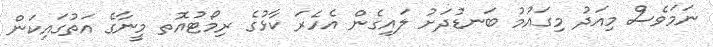
ނަމަވެސް މިއަދު މިގައުމު ބަނޑުދަށު ލައިގެން އެހެރަ ކާޅުގެ ރިމޯޓުއޮތ މީނާގެ އަތުގައިކަން